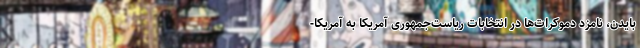
بایدن،‌ نامزد دموکرات‌ها در انتخابات ریاست‌جمهوری آمریکا به آمریکا-